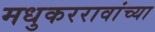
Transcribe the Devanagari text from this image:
मधुकररावांच्या